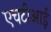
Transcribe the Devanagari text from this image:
एचटीआई